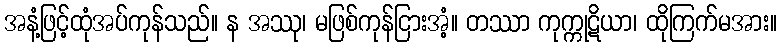
အနံ့ဖြင့်ထုံအပ်ကုန်သည်။ န အဿု၊ မဖြစ်ကုန်ငြားအံ့။ တဿာ ကုက္ကုဋိယာ၊ ထိုကြက်မအား။